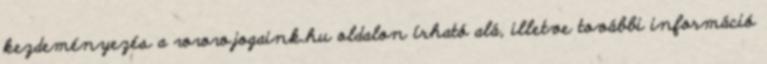
kezdeményezés a www.jogaink.hu oldalon írható alá, illetve további információ